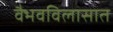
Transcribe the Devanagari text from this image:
वैभवविलासात